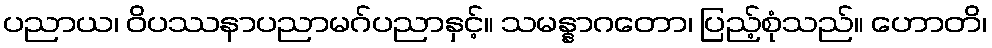
ပညာယ၊ ဝိပဿနာပညာမဂ်ပညာနှင့်။ သမန္နာဂတော၊ ပြည့်စုံသည်။ ဟောတိ၊